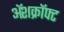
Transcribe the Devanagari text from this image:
ॲशक्रॉफ्ट